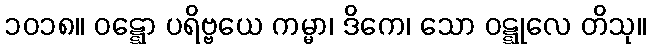
၁၀၁၈။ ဝဋ္ဋော ပရိဗ္ဗယေ ကမ္မာ၊ ဒိကေ၊ သော ဝဋ္ဋုလေ တိသု။